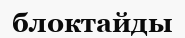
блоктайды